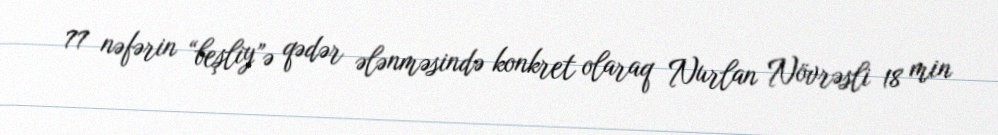
77 nəfərin “beşliy”ə qədər ələnməsində konkret olaraq Nurlan Növrəsli 18 min